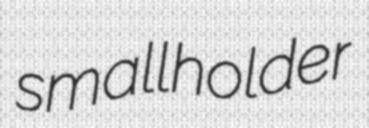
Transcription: smallholder